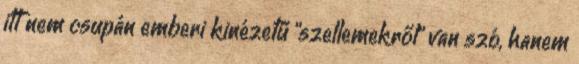
itt nem csupán emberi kinézetű "szellemekről" van szó, hanem